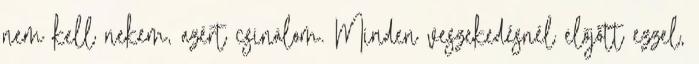
nem kell nekem, azért csinálom. Minden veszekedésnél előjött ezzel,